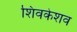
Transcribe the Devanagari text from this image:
शिवकेशव